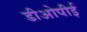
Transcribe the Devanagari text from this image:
डीओपीई